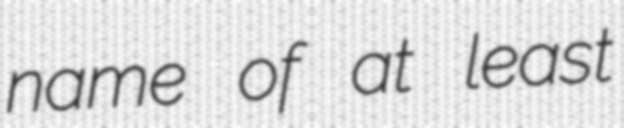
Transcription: name of at least